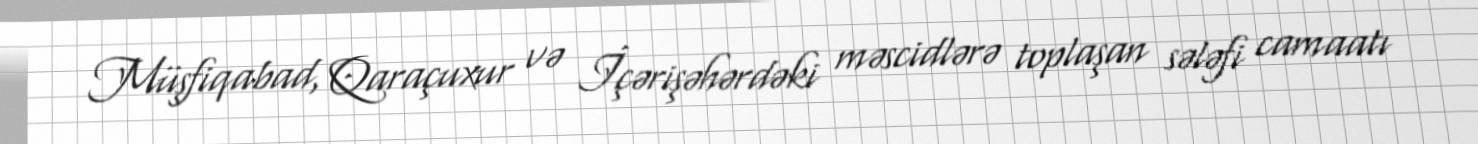
Müşfiqabad, Qaraçuxur və İçərişəhərdəki məscidlərə toplaşan sələfi camaatı